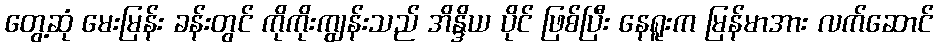
တွေ့ဆုံ မေးမြန်း ခန်းတွင် ကိုကိုးကျွန်းသည် အိန္ဒိယ ပိုင် ဖြစ်ပြီး နေရူးက မြန်မာအား လက်ဆောင်